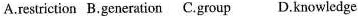
A.restriction B.Generation C.Group D.Knowledge